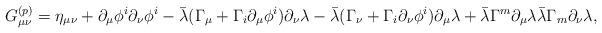
LaTeX: \begin{align*}G_{\mu\nu}^{(p)} = \eta_{\mu\nu} + \partial_\mu \phi^i\partial_\nu \phi^i - \bar\lambda (\Gamma_\mu + \Gamma_i \partial_\mu\phi^i)\partial_\nu \lambda- \bar\lambda (\Gamma_\nu + \Gamma_i \partial_\nu\phi^i)\partial_\mu \lambda+ \bar\lambda \Gamma^m \partial_\mu \lambda \bar\lambda \Gamma_m \partial_\nu \lambda,\end{align*}